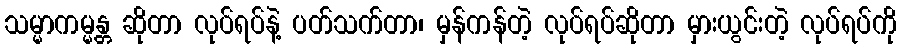
သမ္မာကမ္မန္တ ဆိုတာ လုပ်ရပ်နဲ့ ပတ်သက်တာ၊ မှန်ကန်တဲ့ လုပ်ရပ်ဆိုတာ မှားယွင်းတဲ့ လုပ်ရပ်ကို